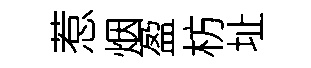
惹烟盈枋址